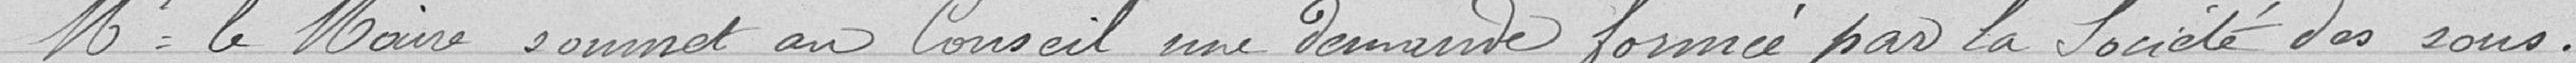
Monsieur le Maire soumet au Conseil une demande formée par le Société des sous-